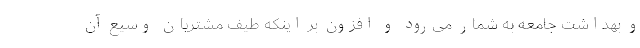
و بهداشت جامعه به شمار می‌رود و افزون بر اینکه طیف مشتریان وسیع آن